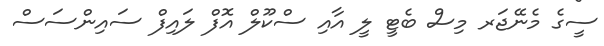
ސީގެ މެނޭޖަރ މިސް ބެޓީ ލީ އާއި ސްކޫލް އޮފް ލައިފް ސައިންސަސް